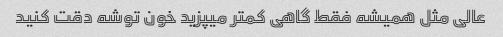
عالی مثل همیشه فقط گاهی کمتر میپزید خون توشه دقت کنید